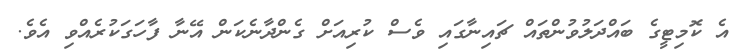
އެ ކޮމިޓީގެ ބައްދަލުވުންތައް ޗައިނާގައި ވެސް ކުރިއަށް ގެންދާނެކަން އޭނާ ފާހަގަކުރެއްވި އެވެ.